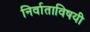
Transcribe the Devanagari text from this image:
निर्वाताविषयी